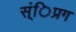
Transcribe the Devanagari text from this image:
स्ंिप्रग